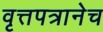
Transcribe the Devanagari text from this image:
वृत्तपत्रानेच